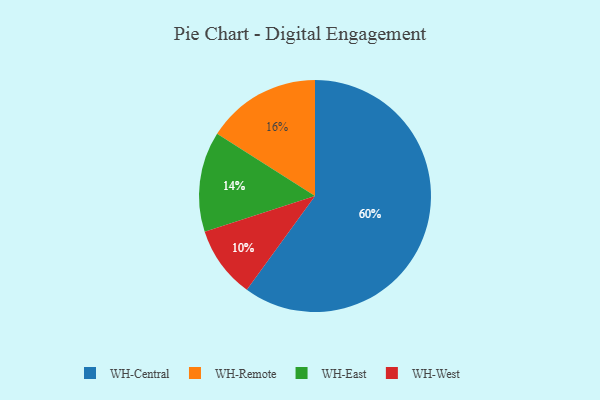
{"axis": {"x": "Category", "y": "Percentage"}, "legend": ["WH-Central", "WH-East", "WH-Remote", "WH-West"], "data": [{"x": "WH-Remote", "y": 16, "type": "WH-Remote"}, {"x": "WH-East", "y": 14, "type": "WH-East"}, {"x": "WH-West", "y": 10, "type": "WH-West"}, {"x": "WH-Central", "y": 60, "type": "WH-Central"}]}